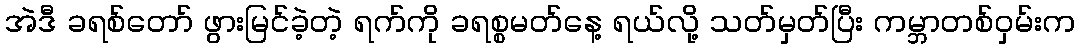
အဲဒီ ခရစ်တော် ဖွားမြင်ခဲ့တဲ့ ရက်ကို ခရစ္စမတ်နေ့ ရယ်လို့ သတ်မှတ်ပြီး ကမ္ဘာတစ်ဝှမ်းက